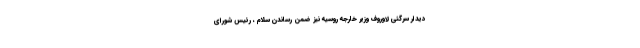
دیدار سرگئی لاوروف وزیر خارجه روسیه نیز ضمن رساندن سلام ، رئیس شورای